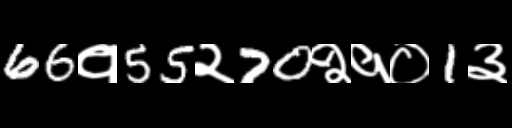
Text: 66१55२70२१०1३